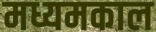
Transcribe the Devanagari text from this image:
मध्यमकाल